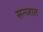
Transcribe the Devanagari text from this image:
सन्जात